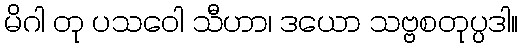
မိဂါ တု ပသဝေါ သီဟာ၊ ဒယော သဗ္ဗစတုပ္ပဒါ။